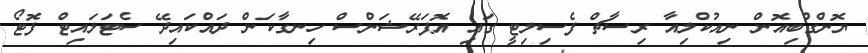
ޔޮންގްބިއޮން ނިއުކްލިއާ ރިސާޗް ފެސިލިޓީ ގައި އޮޕަރޭޝަންސް ހިނގާކަން ދައްކައިދޭ ސެޓަލައިޓް ފޮޓޯ